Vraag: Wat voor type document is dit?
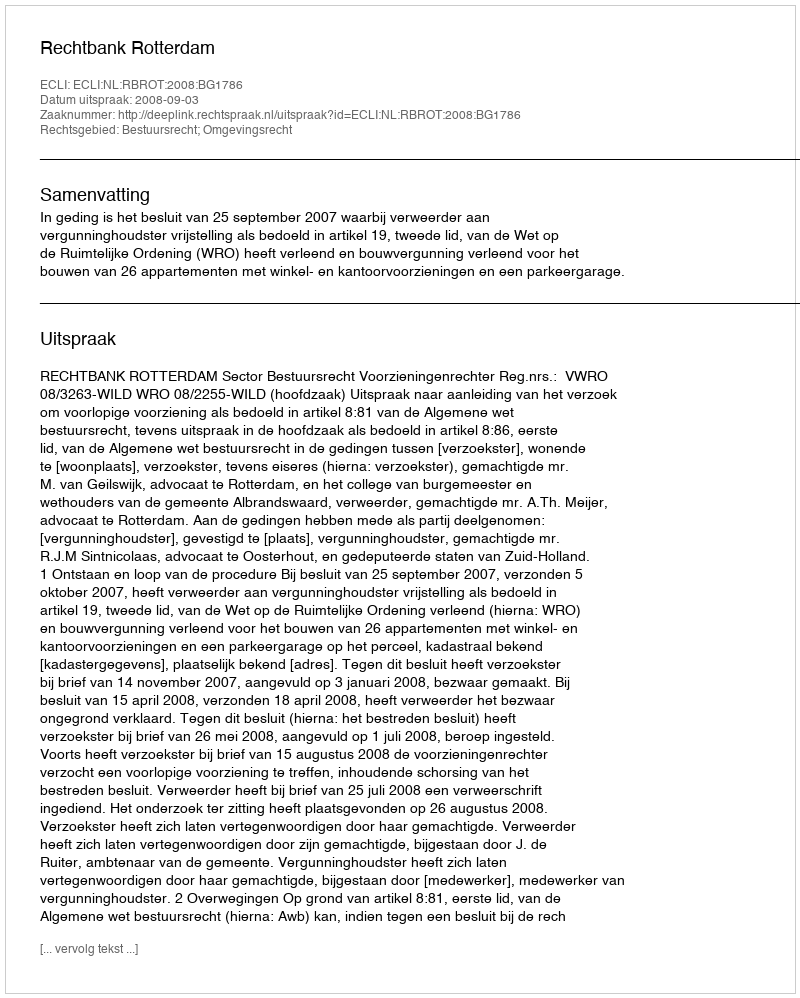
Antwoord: Uitspraak